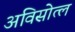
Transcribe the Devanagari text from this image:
अविसोत्ल